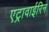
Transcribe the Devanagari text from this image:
एट्रावाईरिन